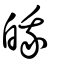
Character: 皒